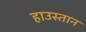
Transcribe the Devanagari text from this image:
हाउस्तान